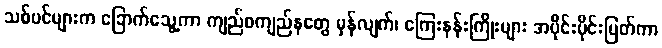
သစ်ပင်များက ခြောက်သွေ့ကာ ကျည်စကျည်နတွေ မှန်လျက်၊ ကြေးနန်းကြိုးများ အပိုင်းပိုင်းပြတ်ကာ